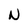
Character: N